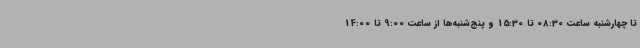
تا چهارشنبه ساعت 08:30 تا 15:30 و پنج‌شنبه‌ها از ساعت 9:00 تا 14:00